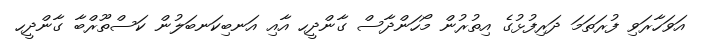
އަވަހާރަވި ފުރަތަމަ ދަރިފުޅުގެ އިތުރުން މޯހަންދާސް ގާންދީހ އާއި އަނބިކަނބަލުން ކަސްތޫރްބާ ގާންދީހ